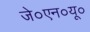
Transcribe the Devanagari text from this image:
जे०एन०यू०